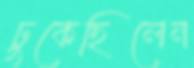
ঢুকেছিলেন